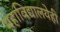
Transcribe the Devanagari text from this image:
महाविद्यालयेही